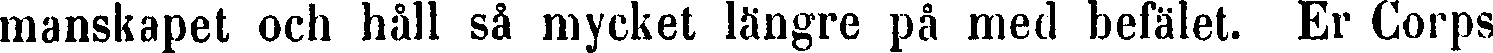
manskapet och håll så mycket längre på med befälet. Er Corps